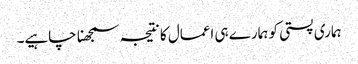
ہماری پستی کو ہمارے ہی اعمال کا نتیجہ سمجھنا چاہیے۔